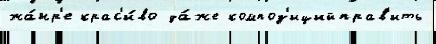
жа́нр'е крас'и́во да́же композ'ицийправ'ить